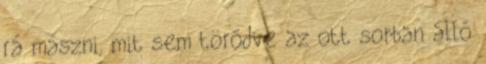
rá mászni, mit sem törődve az ott sorban álló